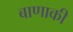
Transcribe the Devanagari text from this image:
बाणाकी